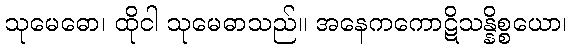
သုမေဓော၊ ထိုငါ သုမေဓာသည်။ အနေကကောဋိသန္နိစ္စယော၊